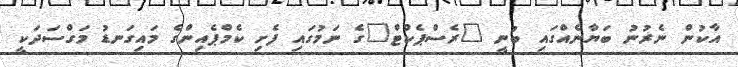
އާކުން ނެރުނު ބަޔާނެއްގައި ބުނީ "ރެސްޕެކްޓް"ގެ ނަމުގައި ފެށި ކެމްޕެއިންގެ މައިގަނޑު މަގްސަދަކީ